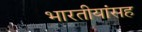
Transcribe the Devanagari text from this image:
भारतीयांसह